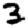
Digit: 3